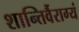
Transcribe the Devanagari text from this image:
शान्तिर्वैराग्यं